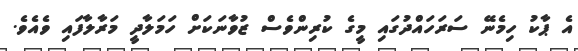
އެ ޕާކު ހިމެނޭ ސަރަހައްދުގައި މީގެ ކުރިންވެސް ޒުވާނަކަށް ހަމަލާދީ މަރާލާފައި ވެއެވެ.